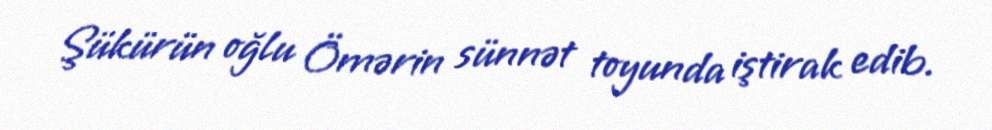
Şükürün oğlu Ömərin sünnət toyunda iştirak edib.